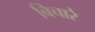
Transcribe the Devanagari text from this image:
बिचारे